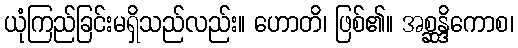
ယုံကြည်ခြင်းမရှိသည်လည်း။ ဟောတိ၊ ဖြစ်၏။ အစ္ဆန္ဒိကောစ၊